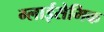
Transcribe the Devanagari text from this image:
ग्लाईसेमिक